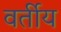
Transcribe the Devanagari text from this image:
वर्तीय